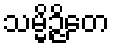
သမ္မိဉ္ဇိတေ